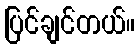
ပြင်ချင်တယ်။